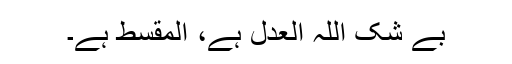
بے شک اللہ العدل ہے، المقسط ہے۔